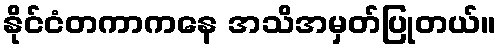
နိုင်ငံတကာကနေ အသိအမှတ်ပြုတယ်။